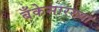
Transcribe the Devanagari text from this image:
बँकेसारख्या